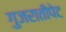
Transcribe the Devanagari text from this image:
गुजरातीपेट